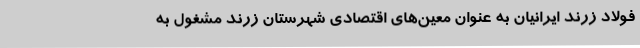
فولاد زرند ایرانیان به عنوان معین‌های اقتصادی شهرستان زرند مشغول به